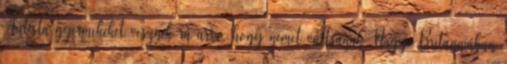
Autista gyermekeket vesznek rá arra, hogy nemet váltsanak Nagy-Britanniában